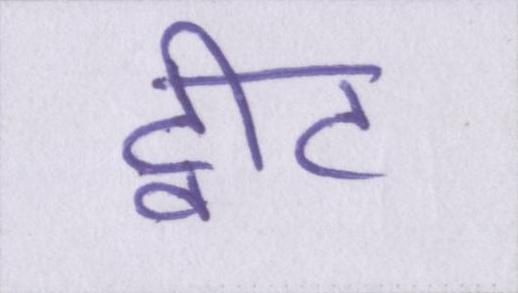
ट्वीट